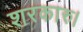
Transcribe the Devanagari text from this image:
शरकारु।